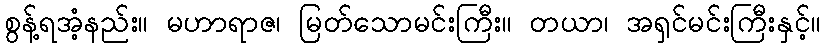
စွန့်ရအံ့နည်း။ မဟာရာဇ၊ မြတ်သောမင်းကြီး။ တယာ၊ အရှင်မင်းကြီးနှင့်။